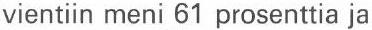
vientiin meni 61 prosenttia ja